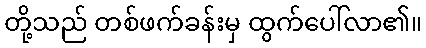
တို့သည် တစ်ဖက်ခန်းမှ ထွက်ပေါ်လာ၏။